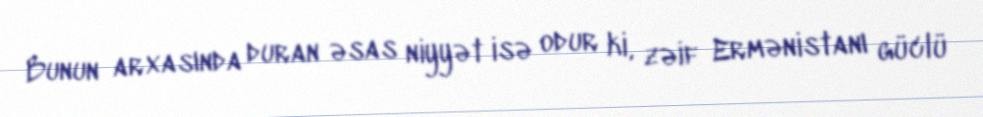
Bunun arxasında duran əsas niyyət isə odur ki, zəif Ermənistanı güclü